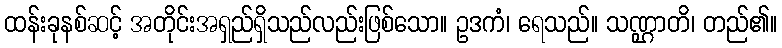
ထန်းခုနစ်ဆင့် အတိုင်းအရှည်ရှိသည်လည်းဖြစ်သော။ ဥဒကံ၊ ရေသည်။ သဏ္ဌာတိ၊ တည်၏။